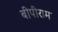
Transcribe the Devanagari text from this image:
बीपीराम